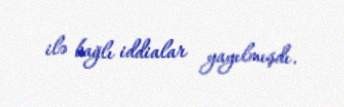
ilə bağlı iddialar yayılmışdı.